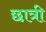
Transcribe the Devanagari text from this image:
छात्री